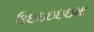
ઉઇઇઇઇઇમા